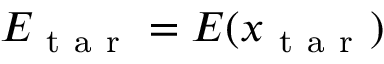
E _ { \mathrm { ~ t ~ a ~ r ~ } } = E ( x _ { \mathrm { ~ t ~ a ~ r ~ } } )